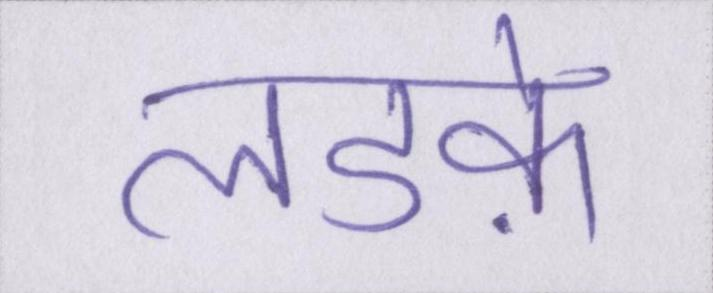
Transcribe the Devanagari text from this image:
लडक़े